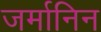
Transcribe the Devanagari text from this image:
जर्मानिन